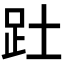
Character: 𮛄